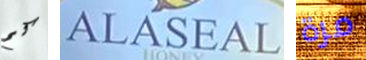
كم ALASEAL مرة